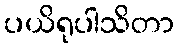
ပယိရုပါသိတာ